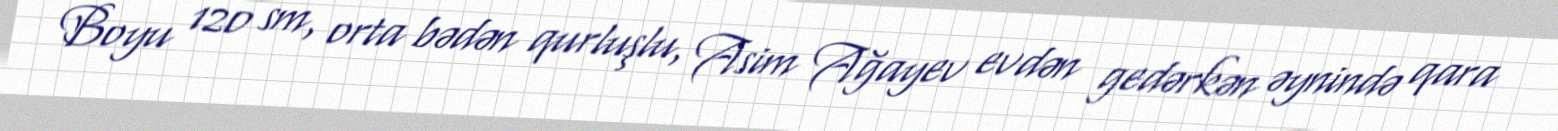
Boyu 120 sm, orta bədən qurluşlu, Asim Ağayev evdən gedərkən əynində qara